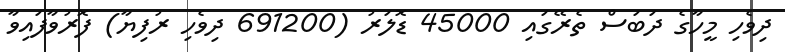
ދިވެހި މީހާގެ ދަބަސް ތެރޭގައި 45000 ޑޮލަރު (691200 ދިވެހި ރުފިޔާ) ފޮރުވާފައިވާ